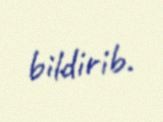
bildirib.